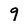
Character: 9